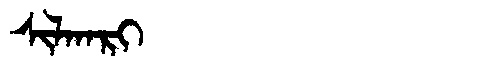
Manchu: ᠰᡳᠯᡴᠠᡵᡳ
Romanization: SILKARI